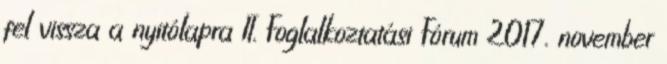
fel vissza a nyitólapra II. Foglalkoztatási Fórum 2017. november